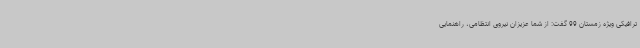
ترافیکی ویژه زمستان 99 گفت: از شما عزیزان نیروی انتظامی، راهنمایی